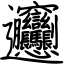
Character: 𰻞